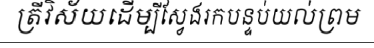
ត្រីវិស័យដើម្បីស្វែងរកបន្ទប់យល់ព្រម